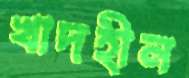
খাদহীন